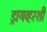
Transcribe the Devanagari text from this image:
ड्रायव्हरशी